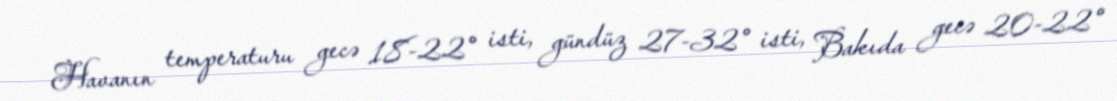
Havanın temperaturu gecə 18-22° isti, gündüz 27-32° isti, Bakıda gecə 20-22°